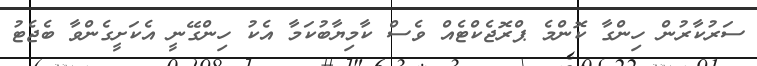
ސަރުކާރުން ހިންގާ ކޮންމެ ޕްރޮޖެކްޓެއް ވެސް ކާމިޔާބުކަމާ އެކު ހިންގޭނީ އެކަށީގެންވާ ބެޖެޓު